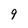
Character: 9